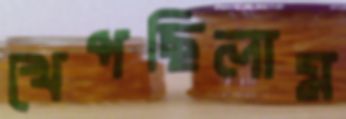
খেপছিলাম